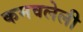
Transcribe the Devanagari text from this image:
कमवलेली